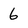
Character: 6